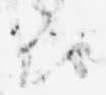
被